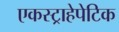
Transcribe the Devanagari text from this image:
एकस्ट्राहेपेटिक